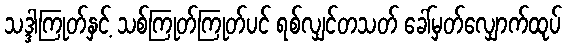
သဒ္ဒါကြုတ်နှင့် သစ်ကြုတ်ကြုတ်ပင် ရစ်လျှင်တသတ် ခေါ်မှတ်လျှောက်ထုပ်